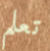
تعلم